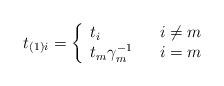
LaTeX: \begin{align*} t_{(1)i}=\left\lbrace \begin{array}{lll} t_{i} & & i\neq m \\ t_{m}\gamma_{m}^{-1} & & i=m \\ \end{array} \right.\end{align*}